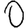
Digit: 0